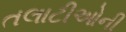
તલાટીઓની